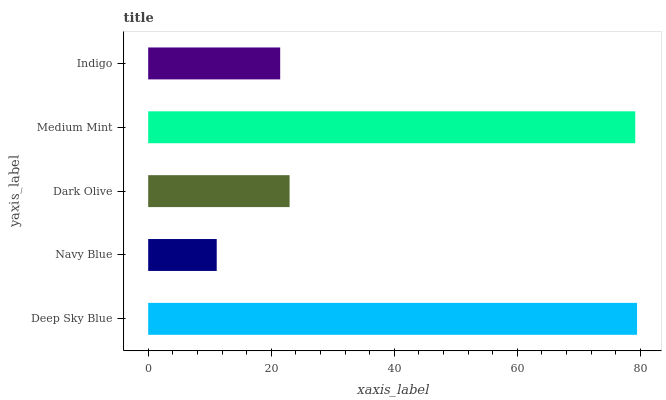
| yaxis_label | bars |
 | --- | --- |
 | Deep Sky Blue | 79.5 |
 | Navy Blue | 11.1 |
 | Dark Olive | 23 |
 | Medium Mint | 79.2 |
 | Indigo | 21.5 |